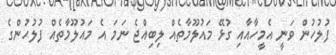
ފުލުހުން ވަނީ އެމީހާއާއި ގުޅޭ މައުލޫމާތެއް ލިބިއްޖެ ނަމަ އެ މައުލޫމާތެއް ފުލުހުންގެ